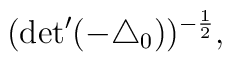
({\rm det}^{\prime} (-{\triangle}_0))^{-\frac{1}{2}},